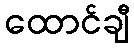
ထောင်ချီ